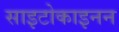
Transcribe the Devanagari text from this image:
साइटोकाइनन